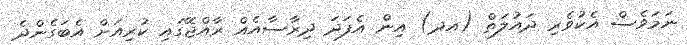
ނަމަވެސް އެކުވެރި ދައުލަތް (އދ) އިން އެފަދަ ދިރާސާއެއް ރާއްޖޭގައި ކުރިއަށް އެބަގެންދެ